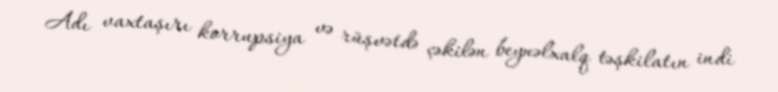
Adı vaxtaşırı korrupsiya və rüşvətdə çəkilən beynəlxalq təşkilatın indi